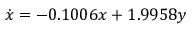
\dot { x } = - 0 . 1 0 0 6 x + 1 . 9 9 5 8 y